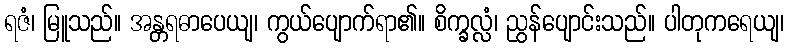
ရဇံ၊ မြူသည်။ အန္တရဓာပေယျ၊ ကွယ်ပျောက်ရာ၏။ စိက္ခလ္လံ၊ ညွန်ပျောင်းသည်။ ပါတုကရေယျ၊